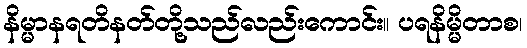
နိမ္မာနရတိနတ်တို့သည်လည်းကောင်း။ ပရနိမ္မိတာစ၊